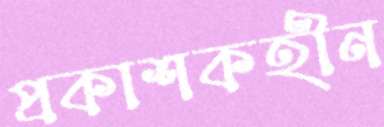
প্রকাশকহীন